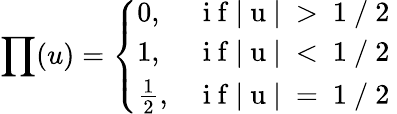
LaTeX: \prod(u)=\left\{ \begin{array}{ll}{0,}&{\mathrm{~i~f~|~u~|~>~1~/~2~}}\\ {1,}&{\mathrm{~i~f~|~u~|~<~1~/~2~}}\\ {\frac{1}{2},}&{\mathrm{~i~f~|~u~|~=~1~/~2~}}\end{array}\right.